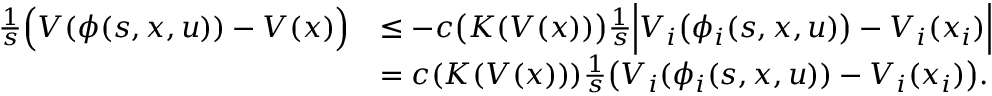
\begin{array} { r l } { \frac { 1 } { s } \Big ( V ( \phi ( s , x , u ) ) - V ( x ) \Big ) } & { \leq - c \big ( K ( V ( x ) ) \big ) \frac { 1 } { s } \Big | V _ { i } \big ( \phi _ { i } ( s , x , u ) \big ) - V _ { i } ( x _ { i } ) \Big | } \\ & { = c ( K ( V ( x ) ) ) \frac { 1 } { s } \big ( V _ { i } ( \phi _ { i } ( s , x , u ) ) - V _ { i } ( x _ { i } ) \big ) . } \end{array}